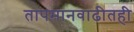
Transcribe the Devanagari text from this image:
तापमानवाढीतही